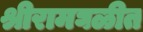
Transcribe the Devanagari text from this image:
श्रीरामघळीत